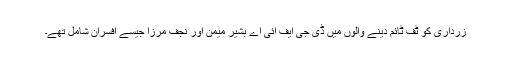
زرداری کو ٹف ٹائم دینے والوں میں ڈی جی ایف آئی اے بشیر میمن اور نجف مرزا جیسے افسران شامل تھے۔